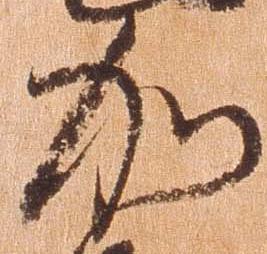
加